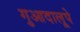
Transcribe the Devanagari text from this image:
गुआदालूपे